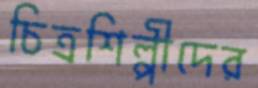
চিত্রশিল্পীদের